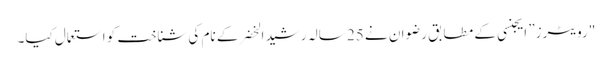
"رویٹرز” ایجنسی کے مطابق رضوان نے 25 سالہ رشید الخضر کے نام کی شناخت کو استعمال کیا۔